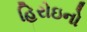
હિરોઇનો